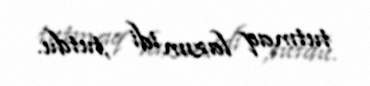
tutmaq lazım idi ,tutdu.